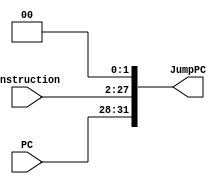
`timescale 1ns / 1ps

module JumpConcatenate(Instruction, PC, JumpPC); // we need JumpPC control signal for a mux, 1 if we are jumping (read from opcode) and 0 if we are not jumping

input [25:0] Instruction;
input [31:28] PC;     
output reg [31:0] JumpPC;

initial begin

JumpPC <= 0;

end

always @(*) begin

JumpPC <= {PC, Instruction, 2'b00}; // 4 high order PC bits, target, then two 0s

end

endmodule